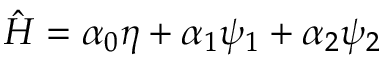
\hat { H } = \boldsymbol { \alpha } _ { 0 } \eta + \boldsymbol { \alpha } _ { 1 } \psi _ { 1 } + \boldsymbol { \alpha } _ { 2 } \psi _ { 2 }